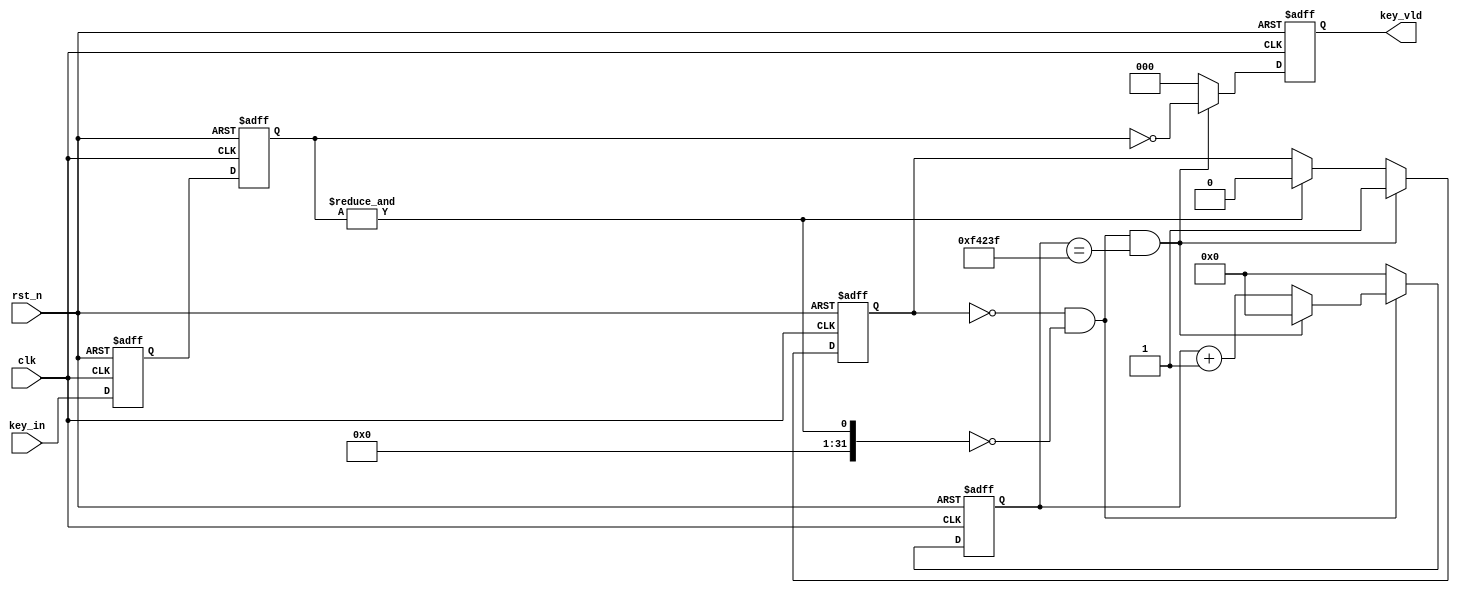
module key_xd(
    clk    ,
    rst_n  ,
    key_in ,
    key_vld 
);
parameter                       	DATA_W 	  = 20          ;
parameter                       	KEY_W 	  = 3           ;
parameter                       	TIME_20MS = 1_000_000   ;

input               	        	clk                     ;
input               	        	rst_n                   ;
input           [KEY_W-1 :0]		key_in                  ;
output          [KEY_W-1 :0]  	    key_vld                 ;
reg             [KEY_W-1 :0]  	    key_vld                 ;
reg             [DATA_W-1:0]  	    cnt                     ;
wire                            	add_cnt                 ;
wire                            	end_cnt                 ;
reg									flag_add                    ;
reg             [KEY_W-1 :0]        key_in_ff1              ;
reg             [KEY_W-1 :0]        key_in_ff0              ;




always  @(posedge clk or negedge rst_n)begin
    if(rst_n==1'b0)begin
        cnt <= 20'b0;
    end
    else if(add_cnt)begin
        if(end_cnt)
            cnt <= 20'b0;
        else
            cnt <= cnt + 1'b1;
    end
    else begin
        cnt <= 0;
    end
end

assign add_cnt = flag_add==1'b0 && (&key_in_ff1==0);
assign end_cnt = add_cnt && cnt == TIME_20MS - 1;




always  @(posedge clk or negedge rst_n)begin
    if(rst_n==1'b0)begin
        flag_add <= 1'b0;
    end
    else if(end_cnt)begin
        flag_add <= 1'b1;
    end
    else if(&key_in_ff1==1)begin
        flag_add <= 1'b0;
    end
end




always  @(posedge clk or negedge rst_n)begin
    if(rst_n==1'b0)begin
        key_in_ff0 <= {{KEY_W}{1'b1}};
        key_in_ff1 <= {{KEY_W}{1'b1}};
    end
    else begin
        key_in_ff0 <= key_in    ;
        key_in_ff1 <= key_in_ff0;
    end
end




always  @(posedge clk or negedge rst_n)begin
    if(rst_n==1'b0)begin
        key_vld <= 0;
    end
    else if(end_cnt)begin
        key_vld <= ~key_in_ff1;
    end
    else begin
        key_vld <= 0;
    end
end
endmodule